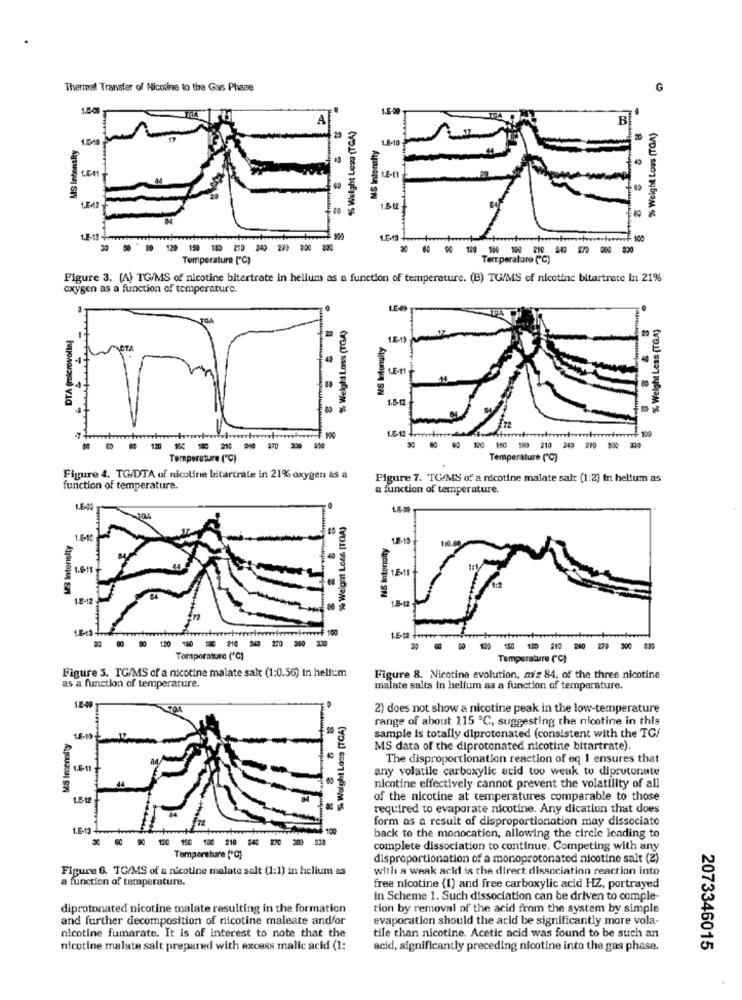
Thermal Transfer of Nicotine to the Gas Phase
G
A
% Weight Less (TGA)
B
% Weight Loss (TOA)
MS Intensity
1.040
MS Intensity
LE-11
1542
-1
30 50
10 120 150 180 210 240 279 200 830
Temperature ["℃)
Temperature ("℃)
Figure 3. (A) TG/MS of nicotine bitartrate in helium as a function of temperature. (B) TG/MS of nicotine bitartrate in 21%
oxygen as a function of temperature.
% Weight Loss (TOA)
X Weight Loss (TGA )
MS Intensity
1.6-1
1.6-t
100
120
$ ----------
Temperature ("℃)
Temperature ("℃)
Figure 4. TG/DTA of nicoline bitartrate in 21% oxygen as a
Figure 7. TO/MS of a nicotine malate salt (1:2) in helium as
function of temperature.
a function of temperature.
1.6-12
% Weight Loss [TGA)
WS Intensity
1.6-10
NS Intensity
1.811
16-1
1.2-12-
-----------
Tomporature ('℃)
Temperature ("℃)
Figure 5. TG/MS of a nicotine malate salt (1:0.56) in helium
Figure 8. Nicotine evolution, m's 84, of the three nicotine
as a function of temperature.
malate salts in helium as a function of temperature.
12-40
2) does not show a nicotine peak in the low-temperature
Sh Weight Loss [TGA)
range of about 115 ℃, suggesting the nicotine in this
MS Intensity
sample is totally diprotenated (consistent with the TG/
MS data of the diprotonated nicotine bitartrate).
The disproportionation reaction of eq 1 ensures that
1.6-11
any volatile carboxylic acid too weak to diprutonate
nicotine effectively cannot prevent the volatility of all
of the nicotine at temperatures comparable to those
required to evaporate nicotine. Any dication that does
8
form as a result of disproportionation may dissociate
1.6-13
. . . 120 190 18 21 --- -
back to the monocation, allowing the circle leading to
complete dissociation to continue. Competing with any
Temperature [*℃)
disproportionation of a monoprotonated nicotine salt (2)
Figure 6. TG/MS of a nicotine malate salt (1:1) in helium as
with a weak acid is the direct dissociation reaction into
a function of temperature.
free nicotine (1) and free carboxylic acid HZ, portrayed
in Scheme 1. Such dissociation can be driven to comple-
diprotonated nicotine malate resulting in the formation
tion by removal of the acid from the system by simple
and further decomposition of nicotine maleate andfor
evaporation should the acid be significantly more vola-
nicotine fumarate. It is of interest to note that the
tile than nicotine. Acetic acid was found to be such an
nicotine malate salt prepared with excess malic acid (1:
acid, significantly preceding nicotine into the gas phase.
2073346015